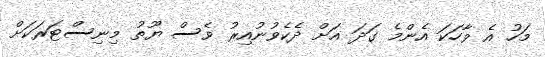
މަހު އެ ވާހަކަ އެންމެ ގަދަ އަށް ދެކެވުނުއިރު ވެސް ޔޫތު މިނިސްޓަރަކަށް